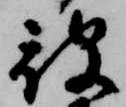
被